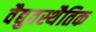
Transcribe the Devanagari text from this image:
वैद्युतस्थैतिक